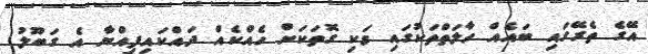
އޭގެ ތެރޭގައި ބައެއް ހާލަތްތަކުގައި ވަކި ގޮތަކަށް ހެއްކެއް ދައްކައިފިއްޔާ އެ ގަބޫލު